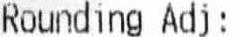
ROUNDING ADJ :